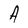
Character: A